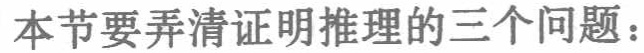
本节要弄清证明推理的三个问题：